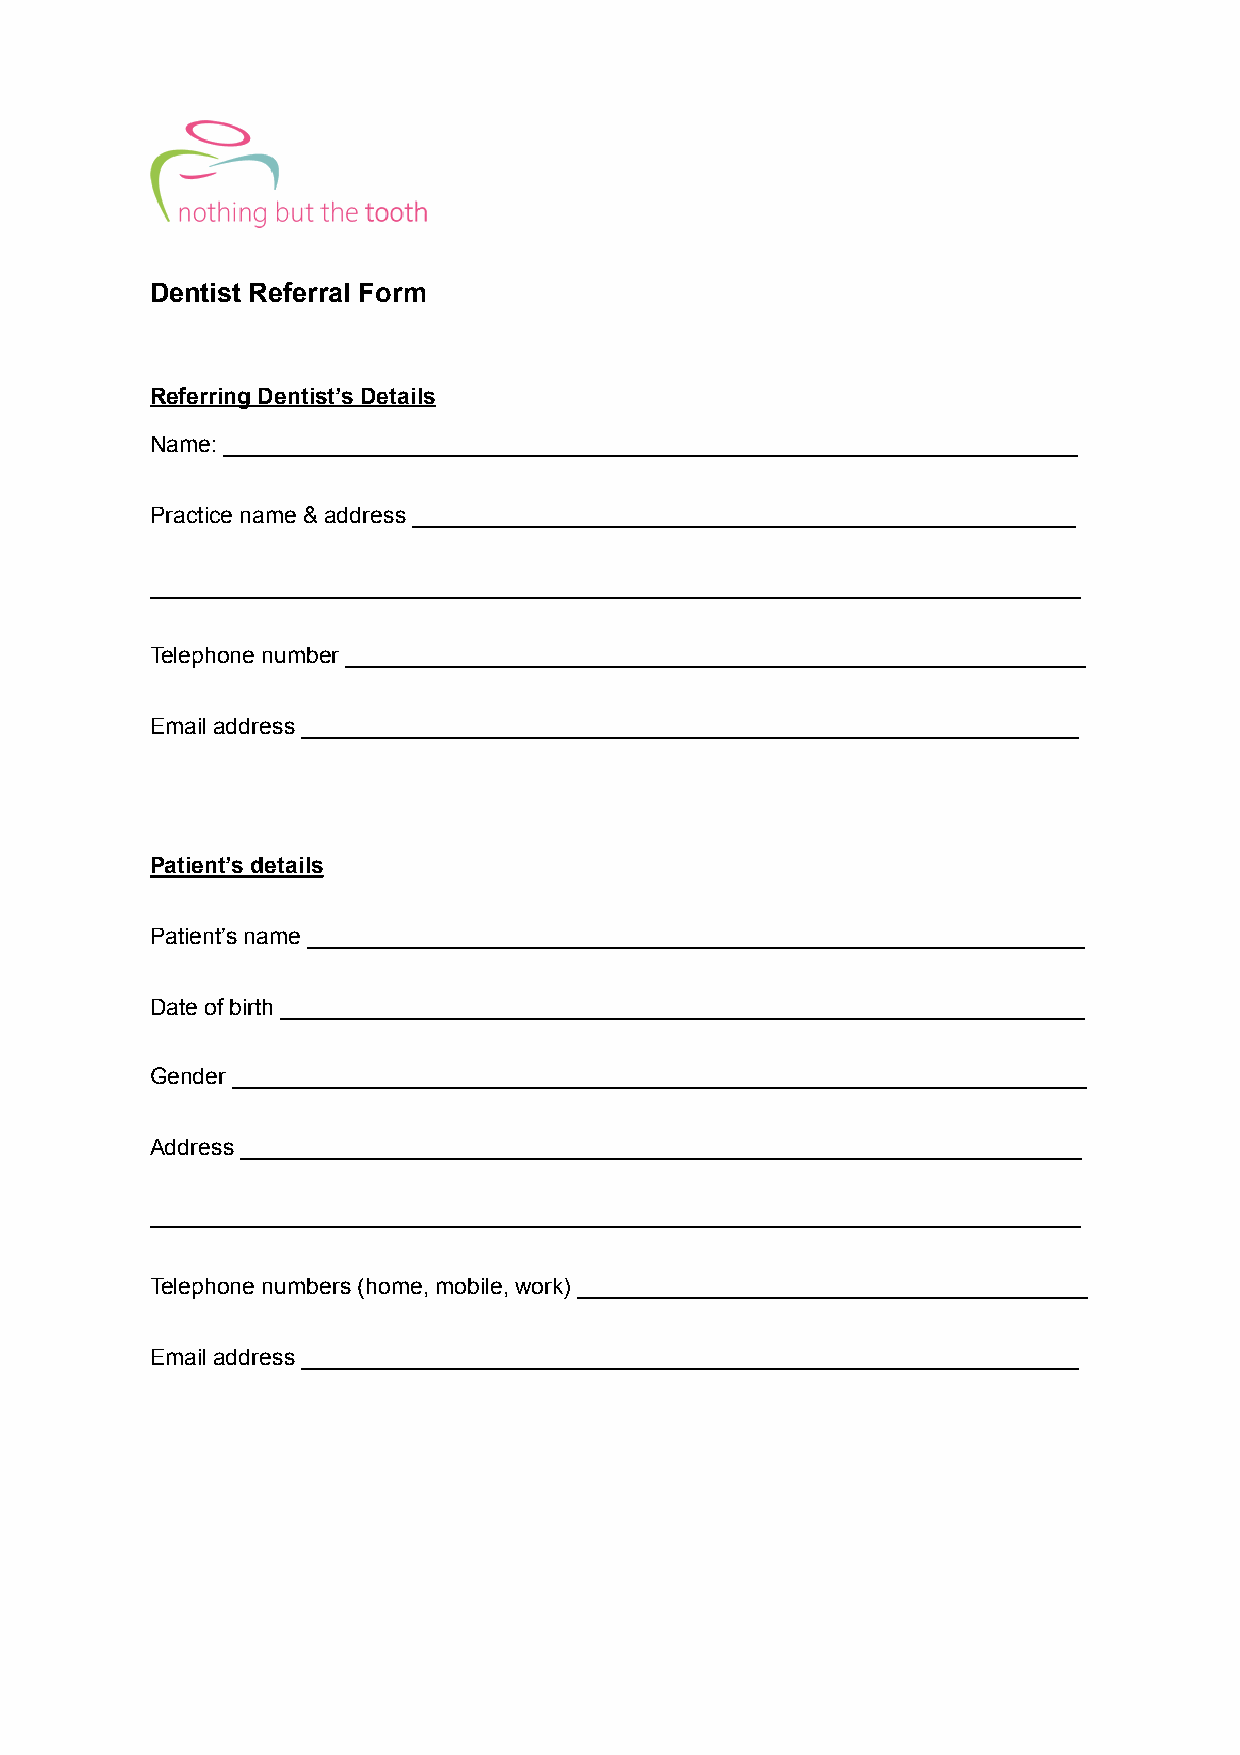
Dentist Referral Form
 Referring Dentist’s Details
 Name: ___________________________________________________________________
 Practice name & address ____________________________________________________
 _________________________________________________________________________
 Telephone number __________________________________________________________
 Email address _____________________________________________________________
 Patient’s details
 Patient’s name _____________________________________________________________
 Date of birth _______________________________________________________________
 Gender ___________________________________________________________________
 Address __________________________________________________________________
 _________________________________________________________________________
 Telephone numbers (home, mobile, work) ________________________________________
 Email address _____________________________________________________________